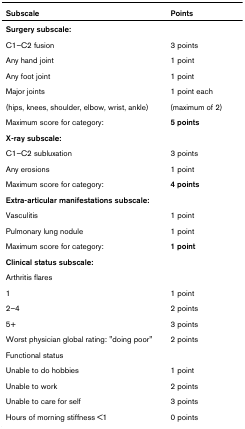
| Subscale | Points |
 | --- | --- |
 | Surgery subscale: |  |
 | C1–C2 fusion | 3 points |
 | Any hand joint | 1 point |
 | Any foot joint | 1 point |
 | Major joints | 1 point each |
 | (hips, knees, shoulder, elbow, wrist, ankle) | (maximum of 2) |
 | Maximum score for category: | 5 points |
 | X-ray subscale: |  |
 | C1–C2 subluxation | 3 points |
 | Any erosions | 1 point |
 | Maximum score for category: | 4 points |
 | Extra-articular manifestations subscale: |  |
 | Vasculitis | 1 point |
 | Pulmonary lung nodule | 1 point |
 | Maximum score for category: | 1 point |
 | Clinical status subscale: |  |
 | Arthritis flares |  |
 | 1 | 1 point |
 | 2–4 | 2 points |
 | 5+ | 3 points |
 | Worst physician global rating: "doing poor" | 2 points |
 | Functional status |  |
 | Unable to do hobbies | 1 point |
 | Unable to work | 2 points |
 | Unable to care for self | 3 points |
 | Hours of morning stiffness <1 | 0 points |